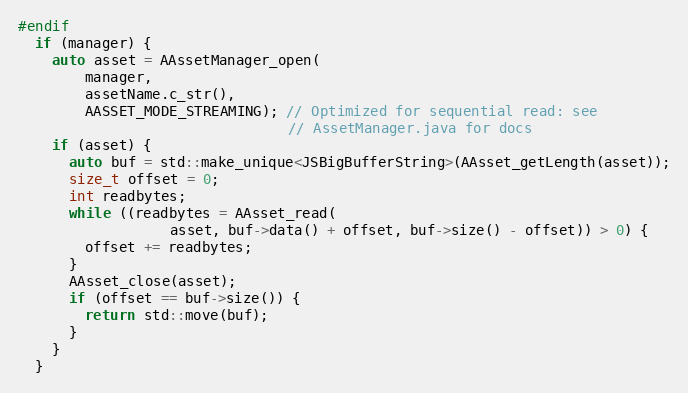
Language: C++
#endif
  if (manager) {
    auto asset = AAssetManager_open(
        manager,
        assetName.c_str(),
        AASSET_MODE_STREAMING); // Optimized for sequential read: see
                                // AssetManager.java for docs
    if (asset) {
      auto buf = std::make_unique<JSBigBufferString>(AAsset_getLength(asset));
      size_t offset = 0;
      int readbytes;
      while ((readbytes = AAsset_read(
                  asset, buf->data() + offset, buf->size() - offset)) > 0) {
        offset += readbytes;
      }
      AAsset_close(asset);
      if (offset == buf->size()) {
        return std::move(buf);
      }
    }
  }